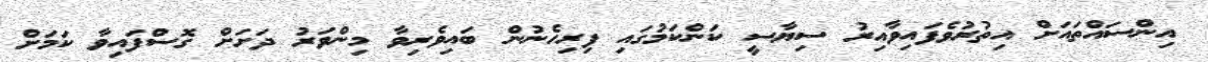
އިންސައްތައަށް އިތުރުވެފައިވާއިރު ސިޔާސީ ކަންކަމުގައި ފިރިހެނުން ބައިވެރިވާ މިންވަރު ދަށަށް ގޮސްފައިވާ ކަމަށް